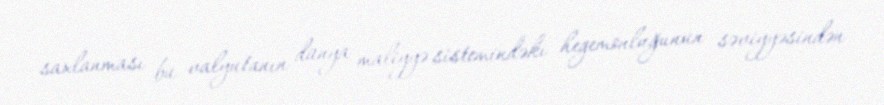
saxlanması bu valyutanın dünya maliyyə sistemindəki hegemonluğunun səviyyəsindən